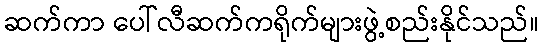
ဆက်ကာ ပေါ်လီဆက်ကရိုက်များဖွဲ့စည်းနိုင်သည်။